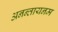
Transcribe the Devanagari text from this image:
अनन्तायनम